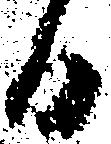
日